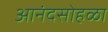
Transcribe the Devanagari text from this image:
आनंदसोहळा